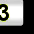
Digit: 3